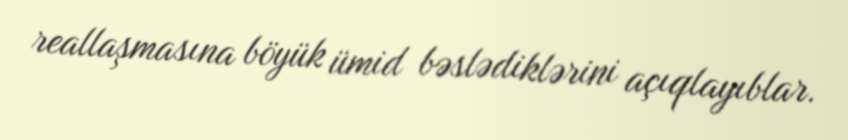
reallaşmasına böyük ümid bəslədiklərini açıqlayıblar.